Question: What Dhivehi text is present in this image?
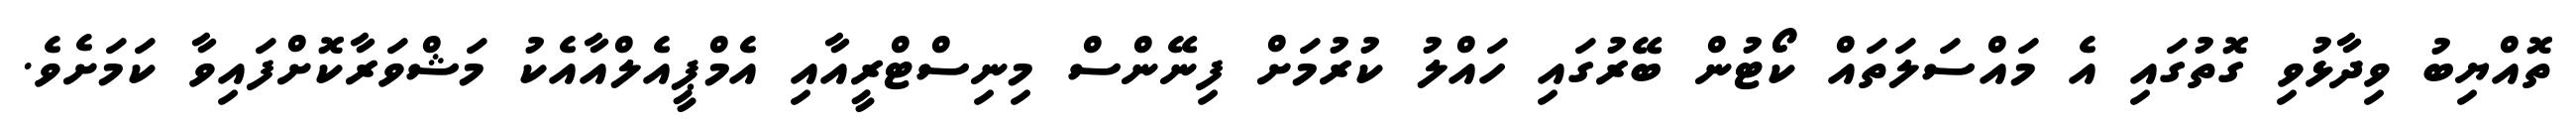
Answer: ތޮއްޔިބު ވިދާޅުވި ގޮތުގައި އެ މައްސަލަތައް ކޯޓުން ބޭރުގައި ހައްލު ކުރުމަށް ފިނޭންސް މިނިސްޓްރީއާއި އެމްޕީއެލްއާއެކު މަޝްވަރާކޮށްފައިވާ ކަމަށެވެ.